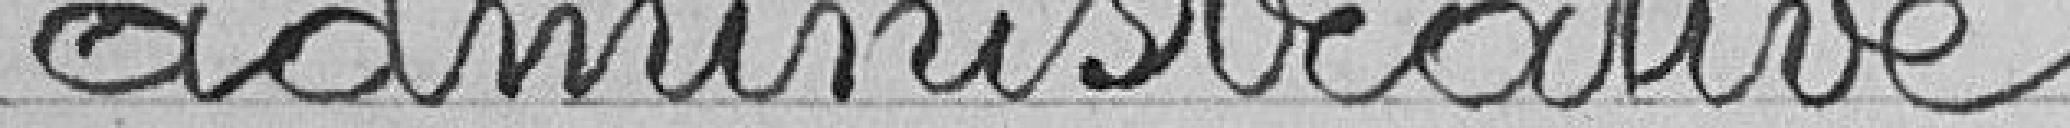
administrative